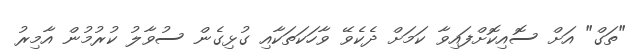
"ތަގް" އަށް ސޮއިކޮށްފައިވާ ކަމަށް ދެކެވޭ ވާހަކަތަކާއި ގުޅިގެން ސުވާލު ކުރުމުން އާމިރު